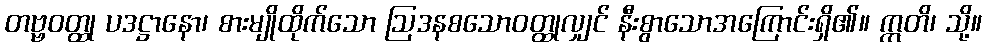
တဗ္ဗဝတ္ထု ပဒဋ္ဌာနော၊ စားမျိုထိုက်သော ဩဒနစသောဝတ္ထုလျှင် နီးစွာသောအကြောင်းရှိ၏။ ဣတိ၊ သို့။